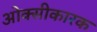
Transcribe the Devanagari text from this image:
ओक्सीकारक